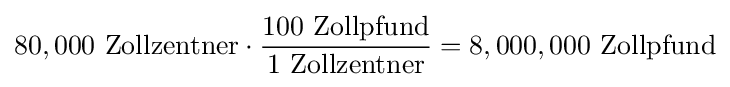
80,000\ {\text{Zollzentner}}\cdot {\frac {100\ {\text{Zollpfund}}}{1\ {\text{Zollzentner}}}}=8,000,000\ {\text{Zollpfund}}